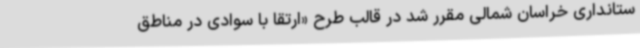
ستانداری خراسان شمالی مقرر شد در قالب طرح «ارتقا با سوادی در مناطق